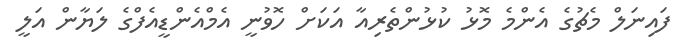
ފައިނަލް މެޗުގެ އެންމެ މޮޅު ކުޅުންތެރިއާ އަކަށް ހޮވުނީ އެމްއެންޑީއެފްގެ ލަޔާން އަލީ